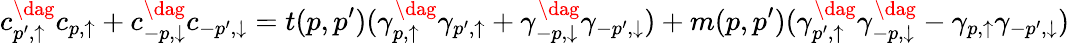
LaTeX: c_{p^{\prime},\uparrow}^{\dag}c_{p,\uparrow}+c_{-p,\downarrow}^{\dag}c_{-p^{\prime},\downarrow}=t(p,p^{\prime})(\gamma_{p,\uparrow}^{\dag}\gamma_{p^{\prime},\uparrow}+\gamma_{-p,\downarrow}^{\dag}\gamma_{-p^{\prime},\downarrow})+m(p,p^{\prime})(\gamma_{p^{\prime},\uparrow}^{\dag}\gamma_{-p,\downarrow}^{\dag}-\gamma_{p,\uparrow}\gamma_{-p^{\prime},\downarrow})